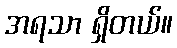
အရသာ ရှိတယ်။